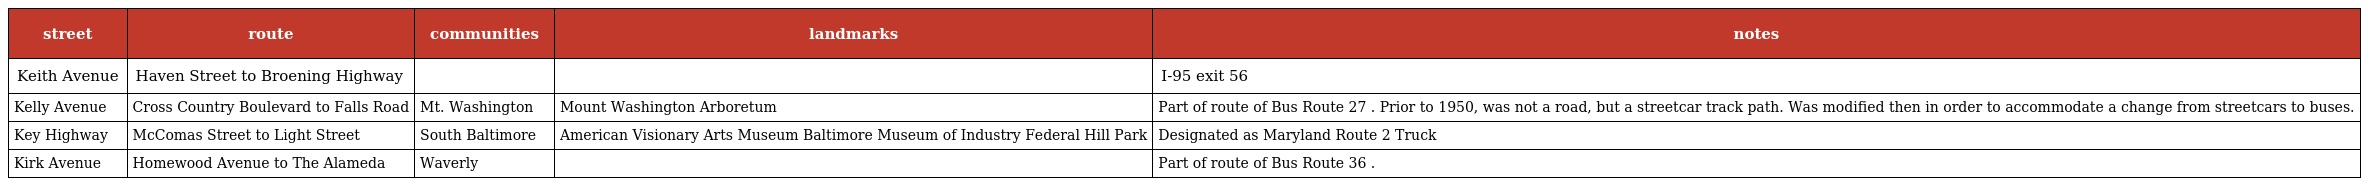
| street | route | communities | landmarks | notes |
 | --- | --- | --- | --- | --- |
 | Keith Avenue | Haven Street to Broening Highway |  |  | I-95 exit 56 |
 | Kelly Avenue | Cross Country Boulevard to Falls Road | Mt. Washington | Mount Washington Arboretum | Part of route of Bus Route 27 . Prior to 1950, was not a road, but a streetcar track path. Was modified then in order to accommodate a change from streetcars to buses. |
 | Key Highway | McComas Street to Light Street | South Baltimore | American Visionary Arts Museum Baltimore Museum of Industry Federal Hill Park | Designated as Maryland Route 2 Truck |
 | Kirk Avenue | Homewood Avenue to The Alameda | Waverly |  | Part of route of Bus Route 36 . |